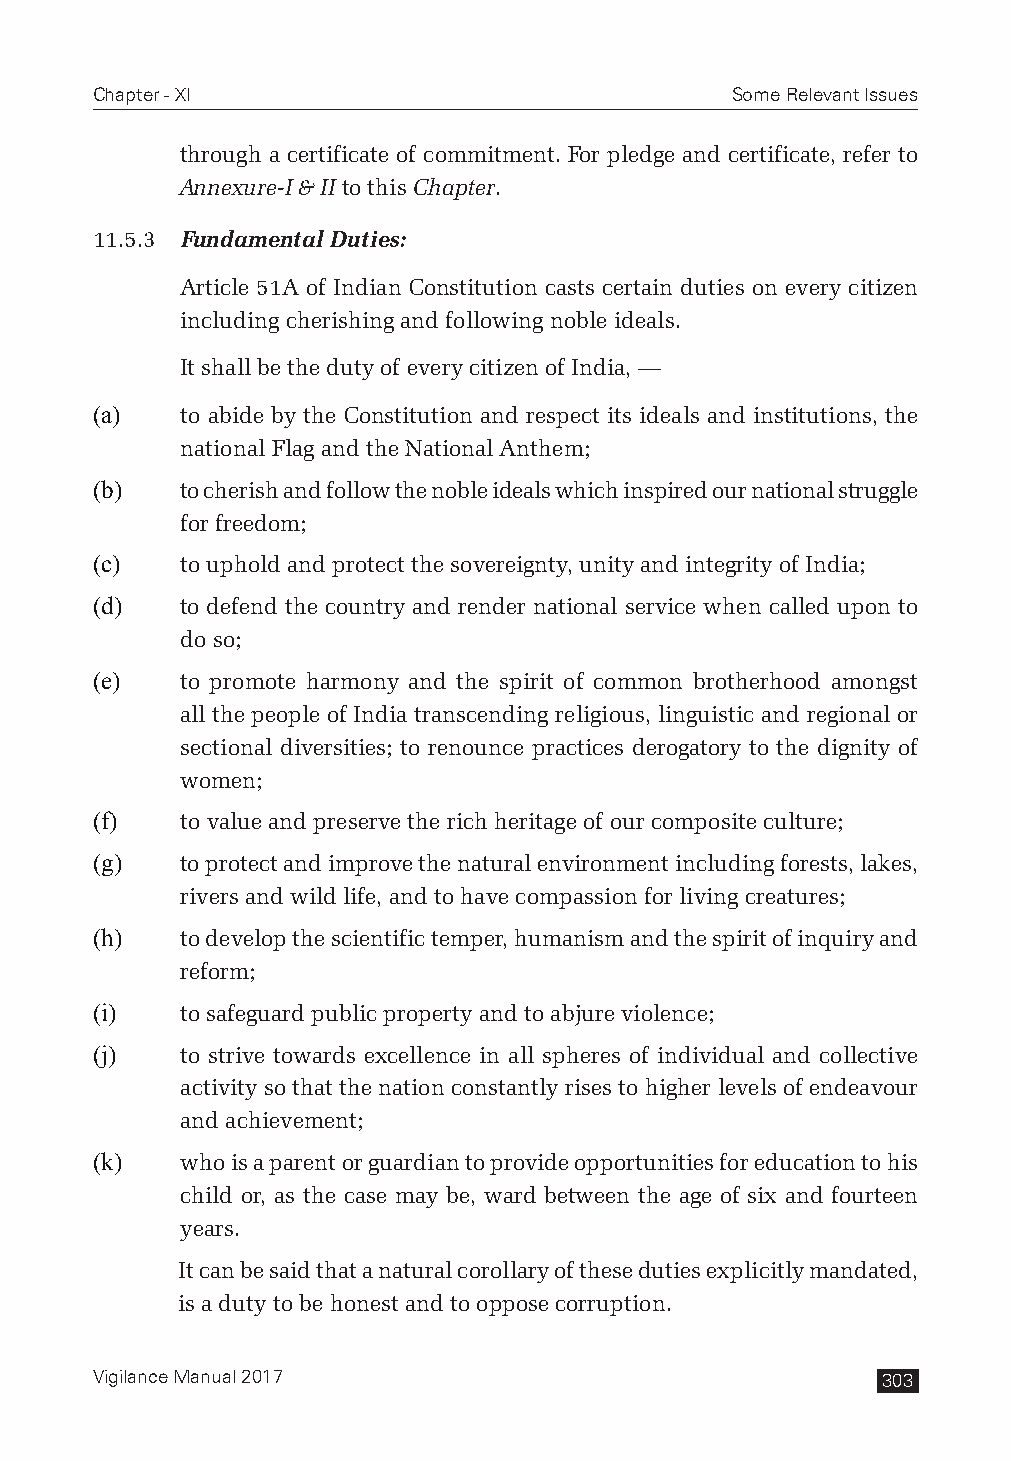
Chapter - XI                              Some Relevant Issues
 through a certificate of commitment. For pledge and certificate, refer to
 Annexure-I & II to this Chapter.
 11.5.3 Fundamental Duties:
 Article 51A of Indian Constitution casts certain duties on every citizen
 including cherishing and following noble ideals.
 It shall be the duty of every citizen of India, —
 (a)   to abide by the Constitution and respect its ideals and institutions, the
 national Flag and the National Anthem;
 (b)   to cherish and follow the noble ideals which inspired our national struggle
 for freedom;
 (c)   to uphold and protect the sovereignty, unity and integrity of India;
 (d)   to defend the country and render national service when called upon to
 do so;
 (e)   to promote harmony and the spirit of common brotherhood amongst
 all the people of India transcending religious, linguistic and regional or
 sectional diversities; to renounce practices derogatory to the dignity of
 women;
 (f)   to value and preserve the rich heritage of our composite culture;
 (g)   to protect and improve the natural environment including forests, lakes,
 rivers and wild life, and to have compassion for living creatures;
 (h)   to develop the scientific temper, humanism and the spirit of inquiry and
 reform;
 (i)   to safeguard public property and to abjure violence;
 (j)   to strive towards excellence in all spheres of individual and collective
 activity so that the nation constantly rises to higher levels of endeavour
 and achievement;
 (k)   who is a parent or guardian to provide opportunities for education to his
 child or, as the case may be, ward between the age of six and fourteen
 years.
 It can be said that a natural corollary of these duties explicitly mandated,
 is a duty to be honest and to oppose corruption.
 Vigilance Manual 2017                               303